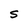
Character: S